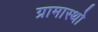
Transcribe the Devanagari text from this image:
ग्रामास्थो